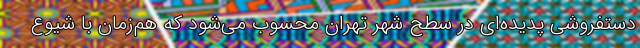
دستفروشی پدیده‌ای در سطح شهر تهران محسوب می‌شود که هم‌زمان با شیوع